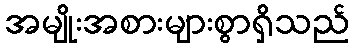
အမျိုးအစားများစွာရှိသည်